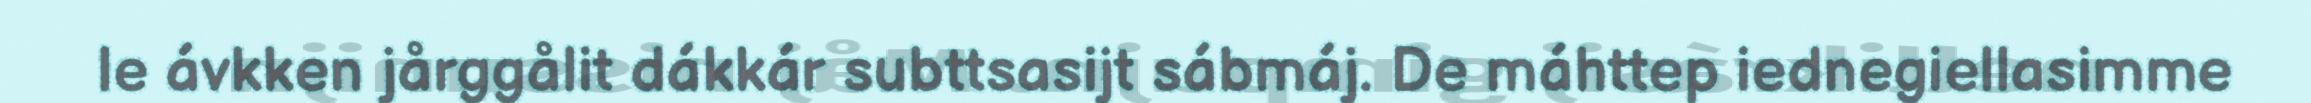
le ávkken jårggålit dákkár subttsasijt sábmáj. De máhttep iednegiellasimme